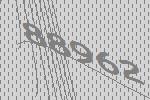
88962